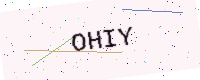
Text: OHIY